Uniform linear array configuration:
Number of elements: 32
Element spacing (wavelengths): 1
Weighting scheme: cosine
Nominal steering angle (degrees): -30
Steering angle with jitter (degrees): -28.063
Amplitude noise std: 0.05
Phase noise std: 0.05

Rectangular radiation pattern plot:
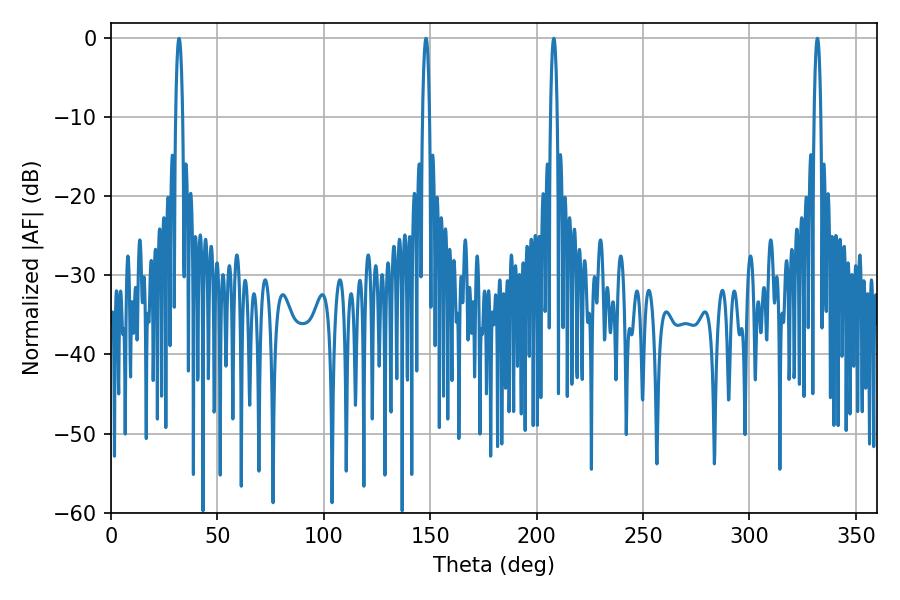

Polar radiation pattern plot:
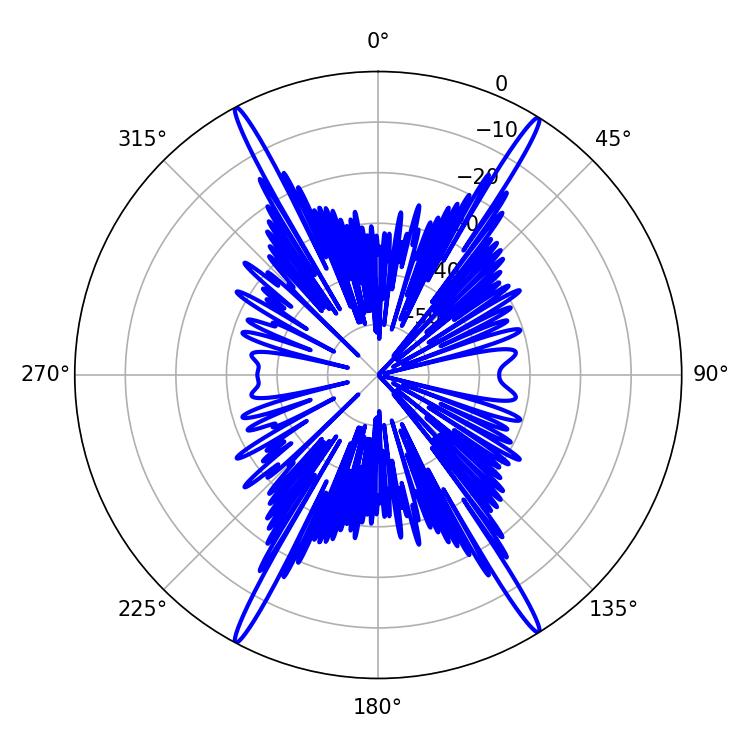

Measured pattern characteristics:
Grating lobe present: TRUE
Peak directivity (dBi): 25.433
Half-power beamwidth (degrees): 1.8
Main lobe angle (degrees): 208.08